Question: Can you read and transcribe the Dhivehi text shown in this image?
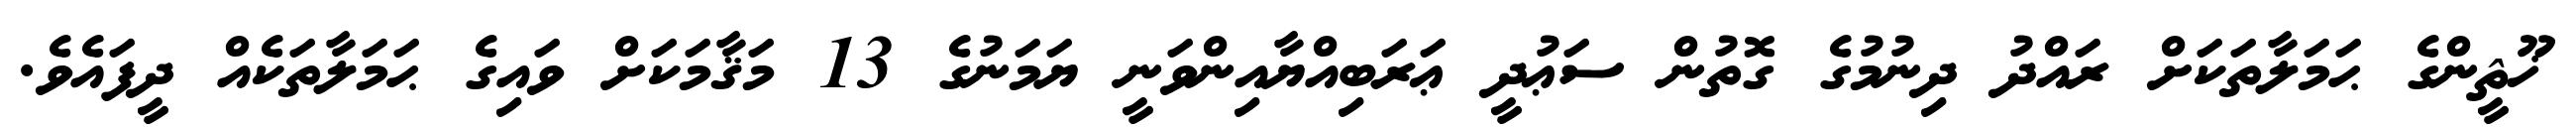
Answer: ޚޫޘީންގެ ޙަމަލާތަކަށް ރައްދު ދިނުމުގެ ގޮތުން ސަޢުދީ ޢަރަބިއްޔާއިންވަނީ ޔަމަނުގެ 13 މަޤާމަކަށް ވައިގެ ޙަމަލާތަކެއް ދީފައެވެ.